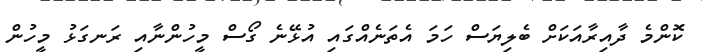
ކޮންމެ ދާއިރާއަކަށް ބެލިޔަސް ހަމަ އެތަނެއްގައި އުޅޭނެ ގޯސް މީހުންނާއި ރަނގަޅު މީހުން